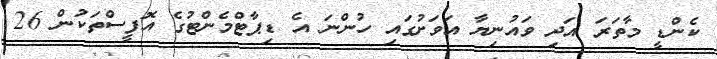
ކެންޑީ މާތަރަ އަދި ވައުނިޔާ އަވަށުގައި ހުންނަ އެ ޑިޕާޓްމެންޓުގެ އޮފީސްތަކުން 26